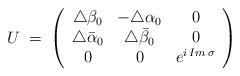
LaTeX: \begin{align*}U\;=\;\left( \begin{array}{ccc}\triangle\beta_0 & -\triangle \alpha_0 & 0 \\\triangle\bar\alpha_0 & \triangle\bar\beta_0 & 0 \\0 & 0 & e^{i\,Im\,\sigma}\end{array}\right)\end{align*}